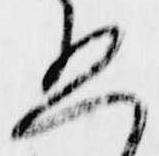
恐